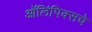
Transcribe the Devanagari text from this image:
ऑलिंपिक्सचे